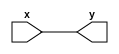
module uart_tx(
	input x,
	output y
	);	

	assign y = x;
	
endmodule